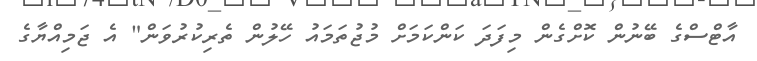
އާޓްސްގެ ބޭނުން ކޮށްގެން މިފަދަ ކަންކަމަށް މުޖުތަމައު ހޭލުން ތެރިކުރުވަން" އެ ޖަމިއްޔާގެ